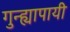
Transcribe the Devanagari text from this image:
गुन्ह्यापायी